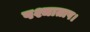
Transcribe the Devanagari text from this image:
पश्चाताप।